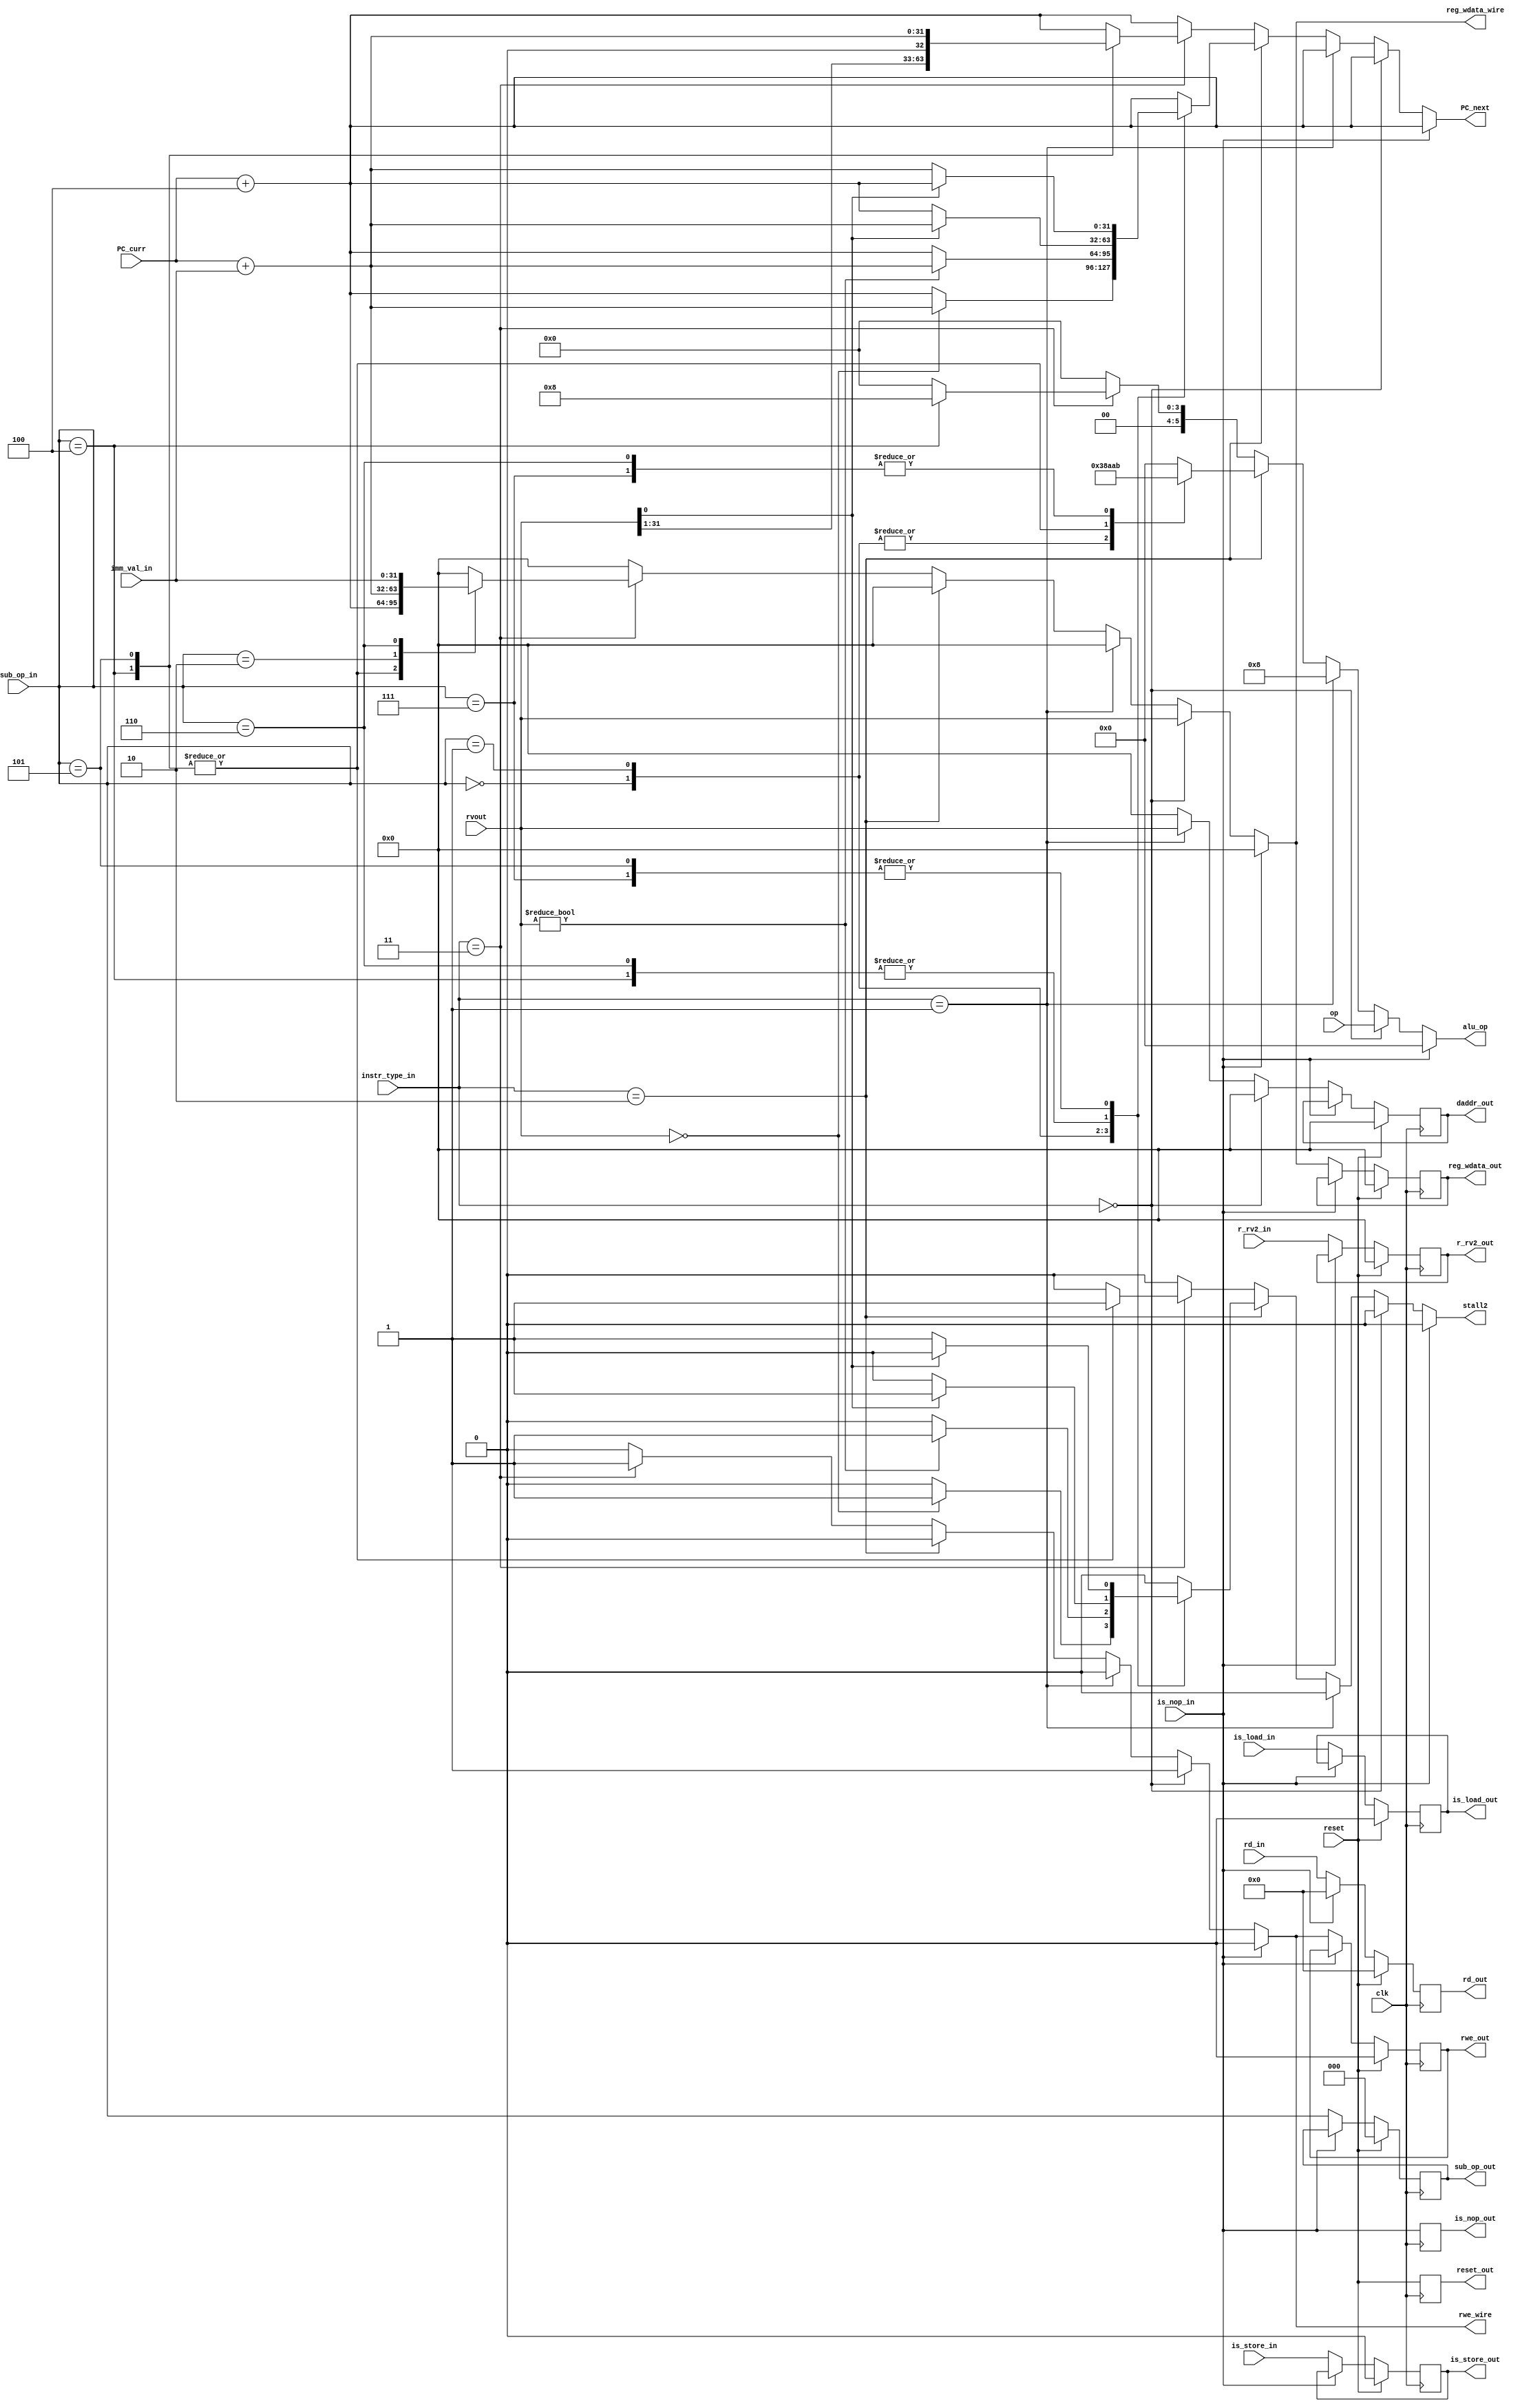
module EX_MEM(
  input clk,
  input reset,
  input [31:0] PC_curr,
  input [5:0] op,
  input [1:0] instr_type_in,
  input [2:0] sub_op_in,
  input [4:0] rd_in,
  input [31:0] r_rv2_in,
  input [31:0] imm_val_in,
  input [31:0] rvout,
  input is_load_in,
  input is_store_in,
  input is_nop_in,
  output reset_out,
  output [5:0] alu_op,
  output [31:0] reg_wdata_wire,     // wires that hold instantaneous values of
  output rwe_wire,                  // rwe, rwdata which are reqd. for forwarding
  output [2:0] sub_op_out,
  output [31:0] daddr_out,
  output [31:0] reg_wdata_out,
  output [4:0] rd_out,
  output [31:0] r_rv2_out,
  output rwe_out,
  output [31:0] PC_next,
  output is_load_out,
  output is_store_out,
  output is_nop_out,
  output stall2  );

  // Assign to _wire in combinational block, write to _out in seq block
  reg [31:0] daddr_wire;
  reg [31:0] reg_wdata_wire;
  reg rwe_wire;
  reg [5:0] alu_op;
  reg [31:0] PC_next;
//
  reg reset_out;
  reg [2:0] sub_op_out;
  reg [31:0] daddr_out;
  reg [31:0] reg_wdata_out;
  reg [4:0] rd_out;
  reg [31:0] r_rv2_out;
  reg rwe_out;
  reg is_load_out;
  reg is_store_out;
  reg is_nop_out;
  reg stall2;

  always @(
    is_nop_in or op or instr_type_in or sub_op_in or rvout or imm_val_in or r_rv2_in or PC_curr
    ) begin
    reg_wdata_wire = 32'b0;
    rwe_wire = 0;
    daddr_wire = 32'b0;
    alu_op = 6'b0;
    PC_next = PC_curr + 4;
    stall2 = 0;
    if (!is_nop_in) begin
      if (instr_type_in == 2'b0) begin               //alu
        alu_op = op;
        reg_wdata_wire = rvout;
        rwe_wire = 1;
      end
      else if (instr_type_in == 2'b01) begin         //load or store
        alu_op = 6'b001000;
        daddr_wire = rvout;
      end
      else if (instr_type_in == 2'b10) begin         //conditional branches
        case (sub_op_in)
          3'b000 : begin
                   alu_op = 6'b111000; //op(SUB)
                   if (rvout == 0)  begin
                   PC_next = PC_curr + imm_val_in;
                   stall2 = 1;
                   end
                   end   //BEQ
          3'b001 : begin
                   alu_op = 6'b111000; //op(SUB)
                   if (rvout != 0) begin
                   PC_next = PC_curr + imm_val_in;
                   stall2 = 1;
                   end
                   end    //BNE
          3'b100 : begin
                   alu_op = 6'b101010; //op(SLT)
                   if (rvout[0]) begin
                   PC_next = PC_curr + imm_val_in;
                   stall2 = 1;
                   end
                   end    //BLT
          3'b101 : begin
                   alu_op = 6'b101010; //op(SLT)
                   if (!rvout[0]) begin
                   PC_next = PC_curr + imm_val_in;
                   stall2 = 1;
                   end
                   end    //BGE
          3'b110 : begin
                   alu_op = 6'b101011; //op(SLTU)
                   if (rvout[0]) begin
                   PC_next = PC_curr + imm_val_in;
                   stall2 = 1;
                   end
                   end    //BLTU
          3'b111 : begin
                   alu_op = 6'b101011; //op(SLTU)
                   if (!rvout[0]) begin
                   PC_next = PC_curr + imm_val_in;
                   stall2 = 1;
                   end
                   end //BGEU
        endcase
      end
      else if (instr_type_in == 2'b11) begin         //Misc class
        rwe_wire = 1;
        case(sub_op_in)
          3'b100 :  begin
                    alu_op = 6'b001000;   // op(addi)
                    reg_wdata_wire = PC_curr + 4;                // Not using ALU here to avoid routing
                    PC_next = {rvout[31:1], 1'b0};   //ALU input rv1 thro' control (hardware still simple)
                    stall2 = 1;
                    end   // JALR
          3'b101 :   begin
                     reg_wdata_wire = PC_curr + 4;
                     PC_next = PC_curr + imm_val_in;
                     stall2 = 1;
                     end // JAL
          3'b010 :  reg_wdata_wire = PC_curr + imm_val_in;                // AUIPC
          3'b110 :  reg_wdata_wire = imm_val_in;  // LUI
        endcase
    end
  end
  end
  always @(posedge clk) begin
  reset_out <= reset;
  is_nop_out <= is_nop_in;
    if (reset) begin
      daddr_out <= 0;
      sub_op_out <= 0;
      reg_wdata_out <= 0;
      rd_out <= 0;
      r_rv2_out <= 0;
      rwe_out <= 0;
      is_load_out <= 0;
      is_store_out <= 0;
    end
    else if (is_nop_in) rd_out <= 0;    // This ensures that a NOP bubble does not trigger another stall
    else begin
      sub_op_out <= sub_op_in;
      daddr_out <= daddr_wire;
      reg_wdata_out <= reg_wdata_wire;
      rd_out <= rd_in;
      r_rv2_out <= r_rv2_in;
      rwe_out <= rwe_wire;
      is_load_out <= is_load_in;
      is_store_out <= is_store_in;
    end
  end
endmodule